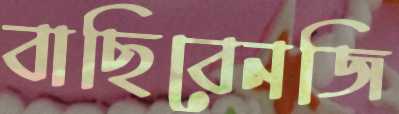
বাছিবেনজি